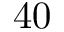
4 0